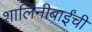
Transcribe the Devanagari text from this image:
शालिनीबाईंची